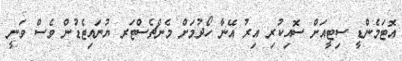
އޮޓަމެންޑީ ސިޓީއަށް ސޮއިކުރި އިރު އޭނާ ހޯދުމަށް މެންޗެސްޓަރ ޔުނައިޓެޑުން ވެސް ވަނީ